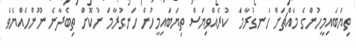
ތިޔަބައިމީހުންގެ މައްޗަށް ހަނގުރާމަ  ކުރެއްވިޔަސް ތިޔަބައިމީހުން ހަނގުރާމަ ނުކޮށް ތިބެދާނެ ނޫންހެއްޔެވެ